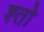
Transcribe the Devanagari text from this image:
श्तो